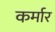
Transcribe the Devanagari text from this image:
कर्मार